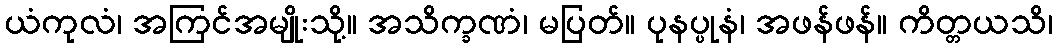
ယံကုလံ၊ အကြင်အမျိုးသို့။ အသိက္ခဏံ၊ မပြတ်။ ပုနပ္ပုနံ၊ အဖန်ဖန်။ ကိတ္တယသိ၊